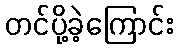
တင်ပို့ခဲ့ကြောင်း